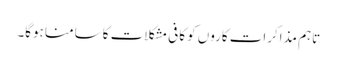
تاہم مذاکرات کاروں کو کافی مشکلات کا سامنا ہوگا۔